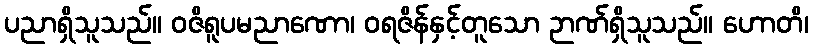
ပညာရှိသူသည်။ ဝဇိရူပမညာဏော၊ ဝရဇိန်နှင့်တူသော ဉာဏ်ရှိသူသည်။ ဟောတိ၊